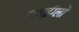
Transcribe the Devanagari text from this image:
स्काईग्लो